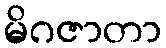
မိဂဇာတာ